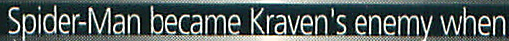
Spider-Man became Kraven's enemy when